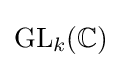
\mathrm {GL} _{k}(\mathbb {C} )